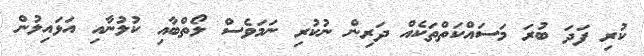
ކުރި ފަދަ ބުރަ މަސައްކަތްތަކެއް ދަރިން ނުކުރި ނަމަވެސް ލޯތްބާއި ކުލުނާއި އަޅައިލުން